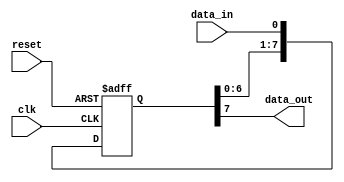
module shift_register (
    input clk,
    input reset,
    input data_in,
    output reg data_out
);

parameter WIDTH = 8; // Specify the number of bits for the shift register

reg [WIDTH-1:0] shift_reg; // Register to store the data

always @(posedge clk or posedge reset) begin
    if (reset) begin
        shift_reg <= 0;
    end else begin
        shift_reg <= {shift_reg[WIDTH-2:0], data_in}; // Shift data into the register
    end
end

assign data_out = shift_reg[WIDTH-1]; // Output the data from the end of the register

endmodule